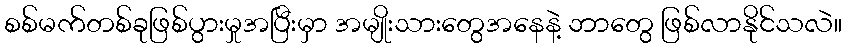
စစ်မက်တစ်ခုဖြစ်ပွားမှုအပြီးမှာ အမျိုးသားတွေအနေနဲ့ ဘာတွေ ဖြစ်လာနိုင်သလဲ။